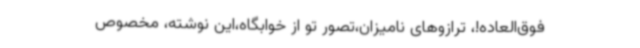
فوق‌العاده!، ترازوهای نامیزان،تصور تو از خوابگاه،این نوشته، مخصوص